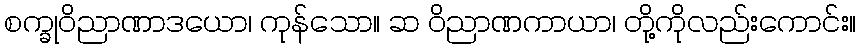
စက္ခုဝိညာဏာဒယော၊ ကုန်သော။ ဆ ဝိညာဏကာယာ၊ တို့ကိုလည်းကောင်း။